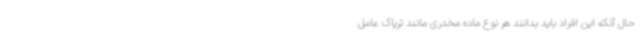
حال آنکه این افراد باید بدانند هر نوع ماده مخدری مانند تریاک عامل